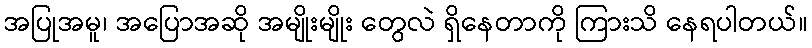
အပြုအမူ၊ အပြောအဆို အမျိုးမျိုး တွေလဲ ရှိနေတာကို ကြားသိ နေရပါတယ်။